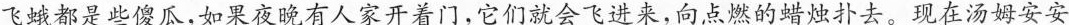
飞蛾都是些傻瓜，如果夜晚有人家开着门，它们就会飞进来，向点燃的蜡烛扑去。现在汤姆安安